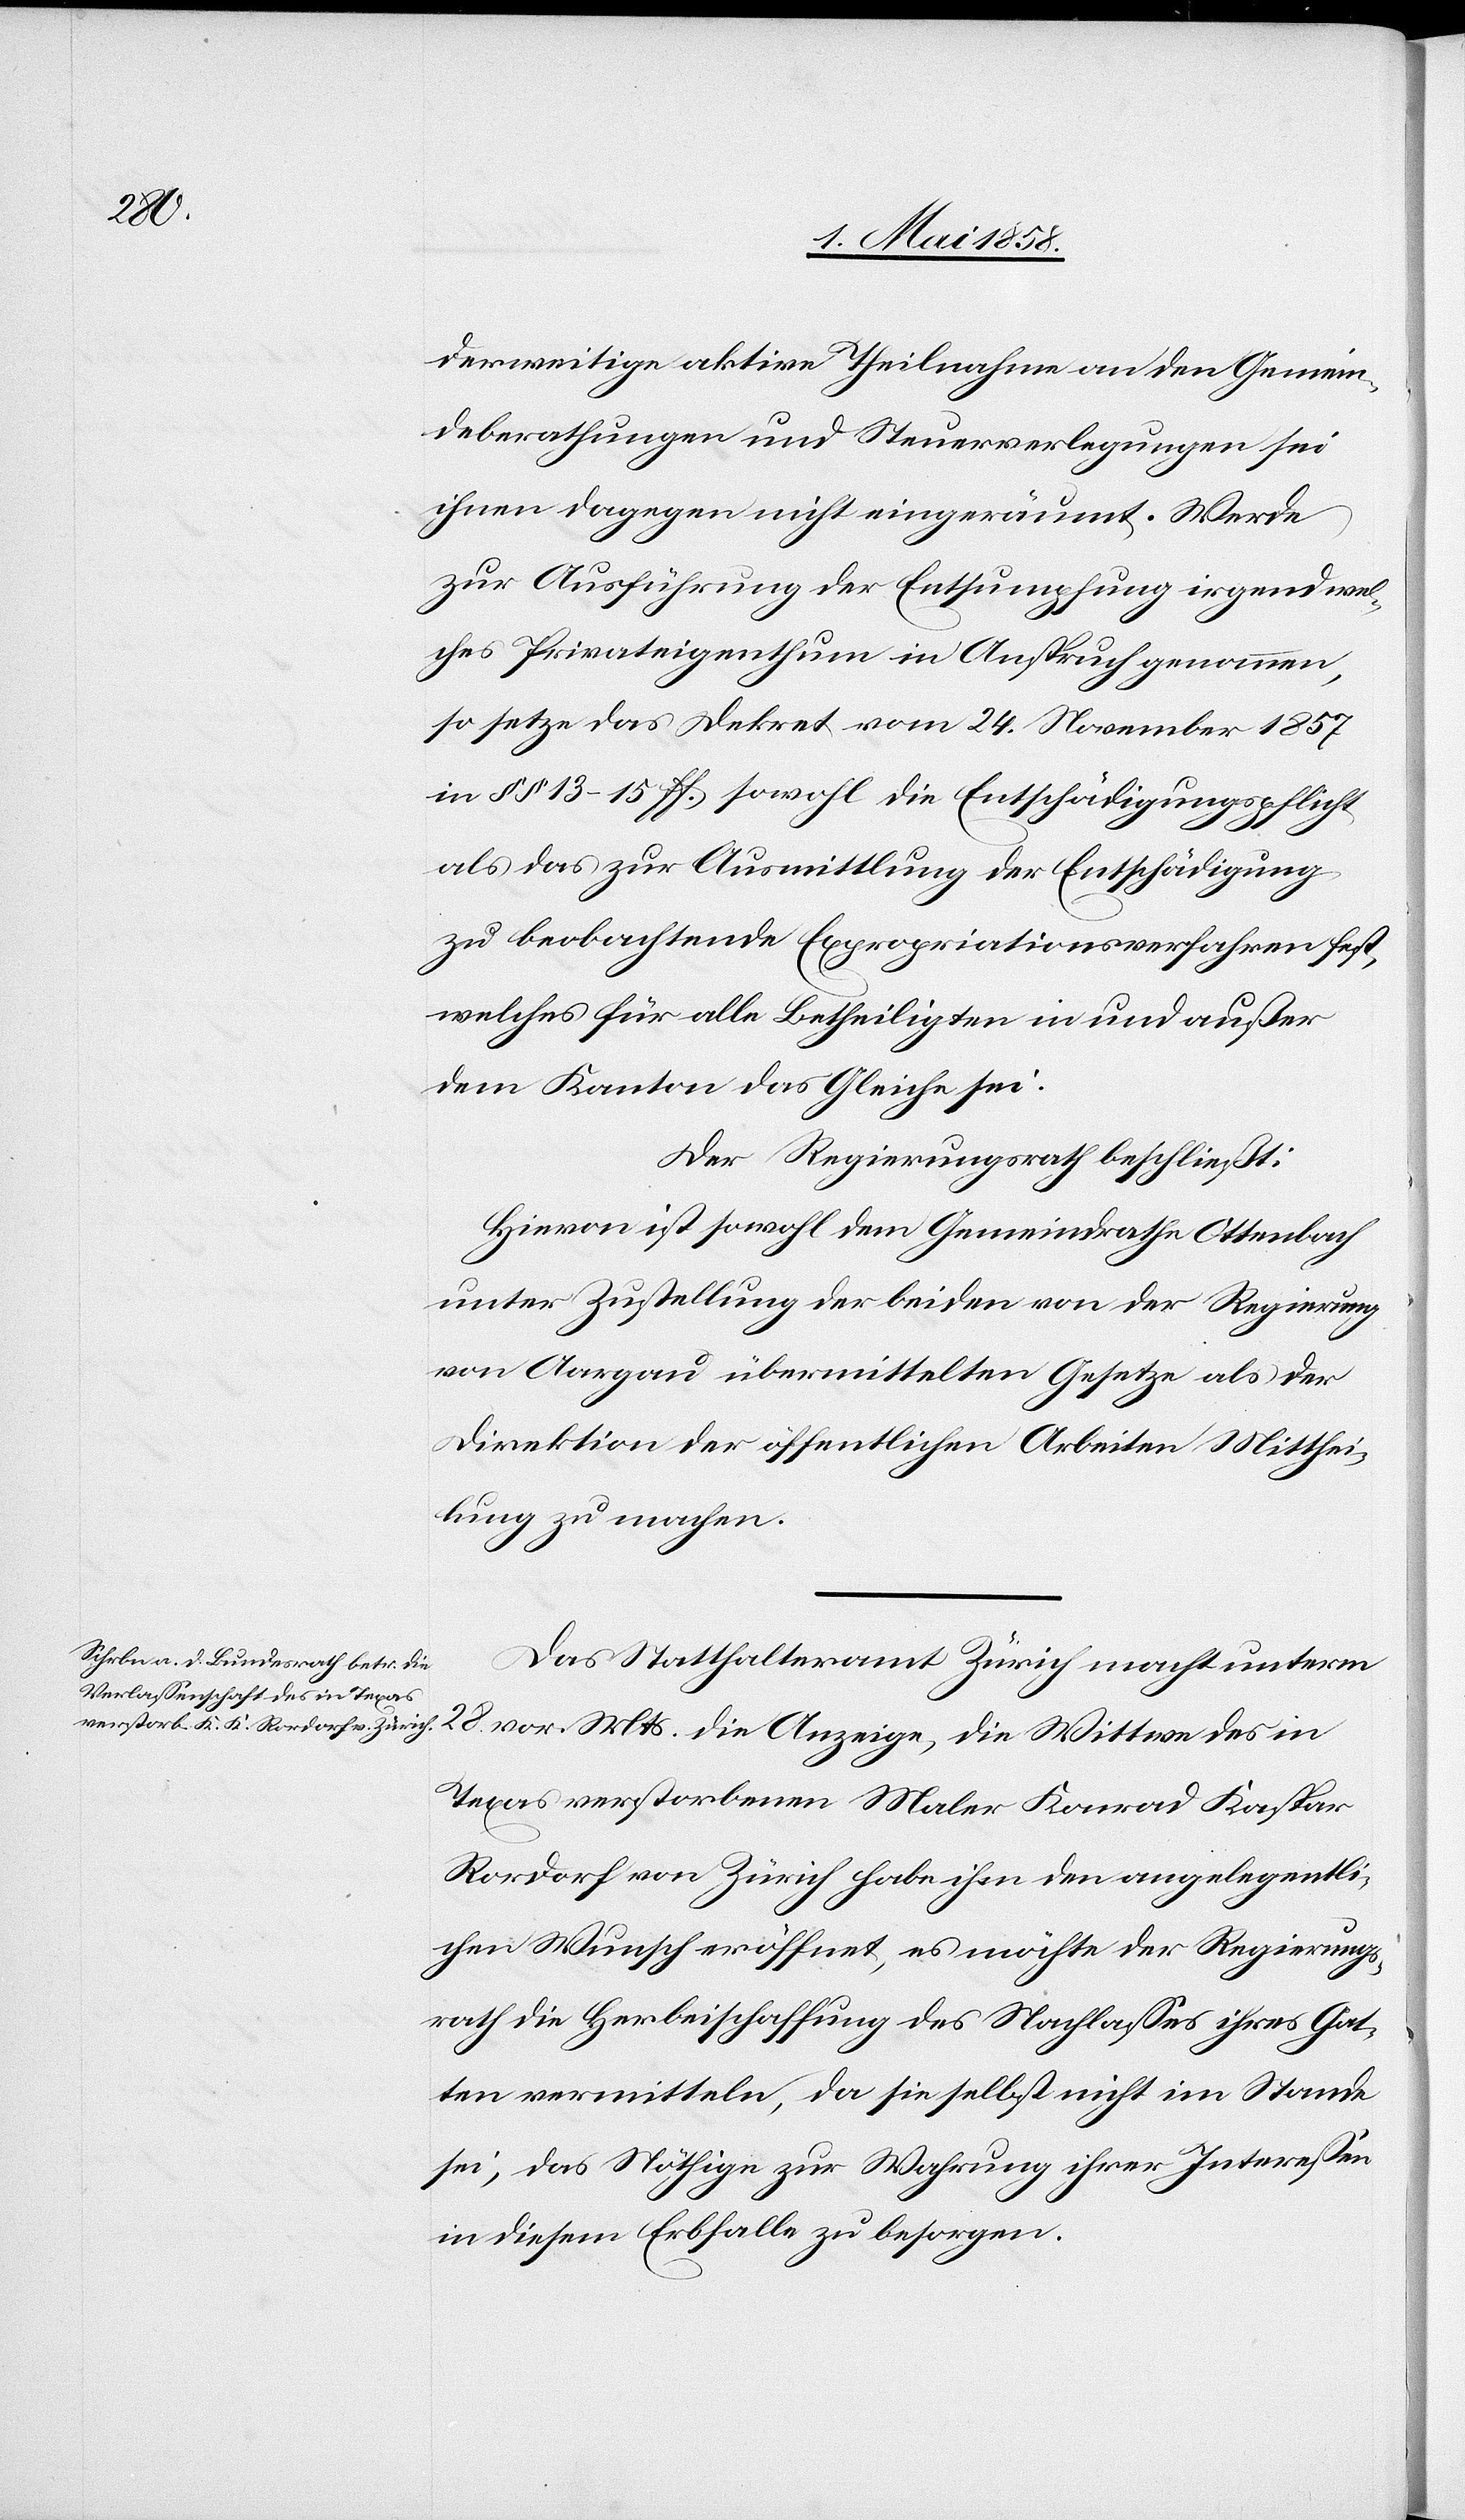
derweitige aktive Theilnahme an den Gemein¬
deberathungen und Steuerverlegungen sie
ihnen dagegen nicht eingeräumt. Werde
zur Ausführung der Entsumpfung irgend wel¬
ches Privateigenthum in Anspruch genommen,
so setzte das Dekret vom 24. November 1857
in §§ 13–15ff. sowohl die Entschädigungspflicht
als das zur Ausmittlung der Entschädigung
zu beobachtende Expropriationsverfahren fest,
welches für alle Betheiligten in und außer
dem Kanton das Gleiche sei.
Der Regierungsrath beschließt:
Hievon ist sowohl dem Gemeindrathe Ottenbach
unter Zustellung der beiden von der Regierung
von Aargau übermittelten Gesetze als der
Direktion der öffentlichen Arbeiten Mitthei¬
lung zu machen.
Das Statthalteramt Zürich macht unterm
28. vor. Mt. die Anzeige, die Wittwe des in
Texas verstorbenen Maler Konrad Kaspar
Rordorf von Zürich habe ihm den angelegentli¬
chen Wunsch eröffnet, es möchte der Regierungs¬
rath in Herbeischaffung des Nachlasses ihres Gat¬
ten vermitteln, da sie selbst nicht im Stande
sei, das Nöthige zur Wahrung ihrer Interessen
in diesem Erbfalle zu besorgen.